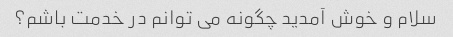
سلام و خوش آمدید چگونه می توانم در خدمت باشم؟